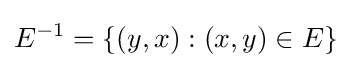
E^{-1}=\{(y,x):(x,y)\in E\}